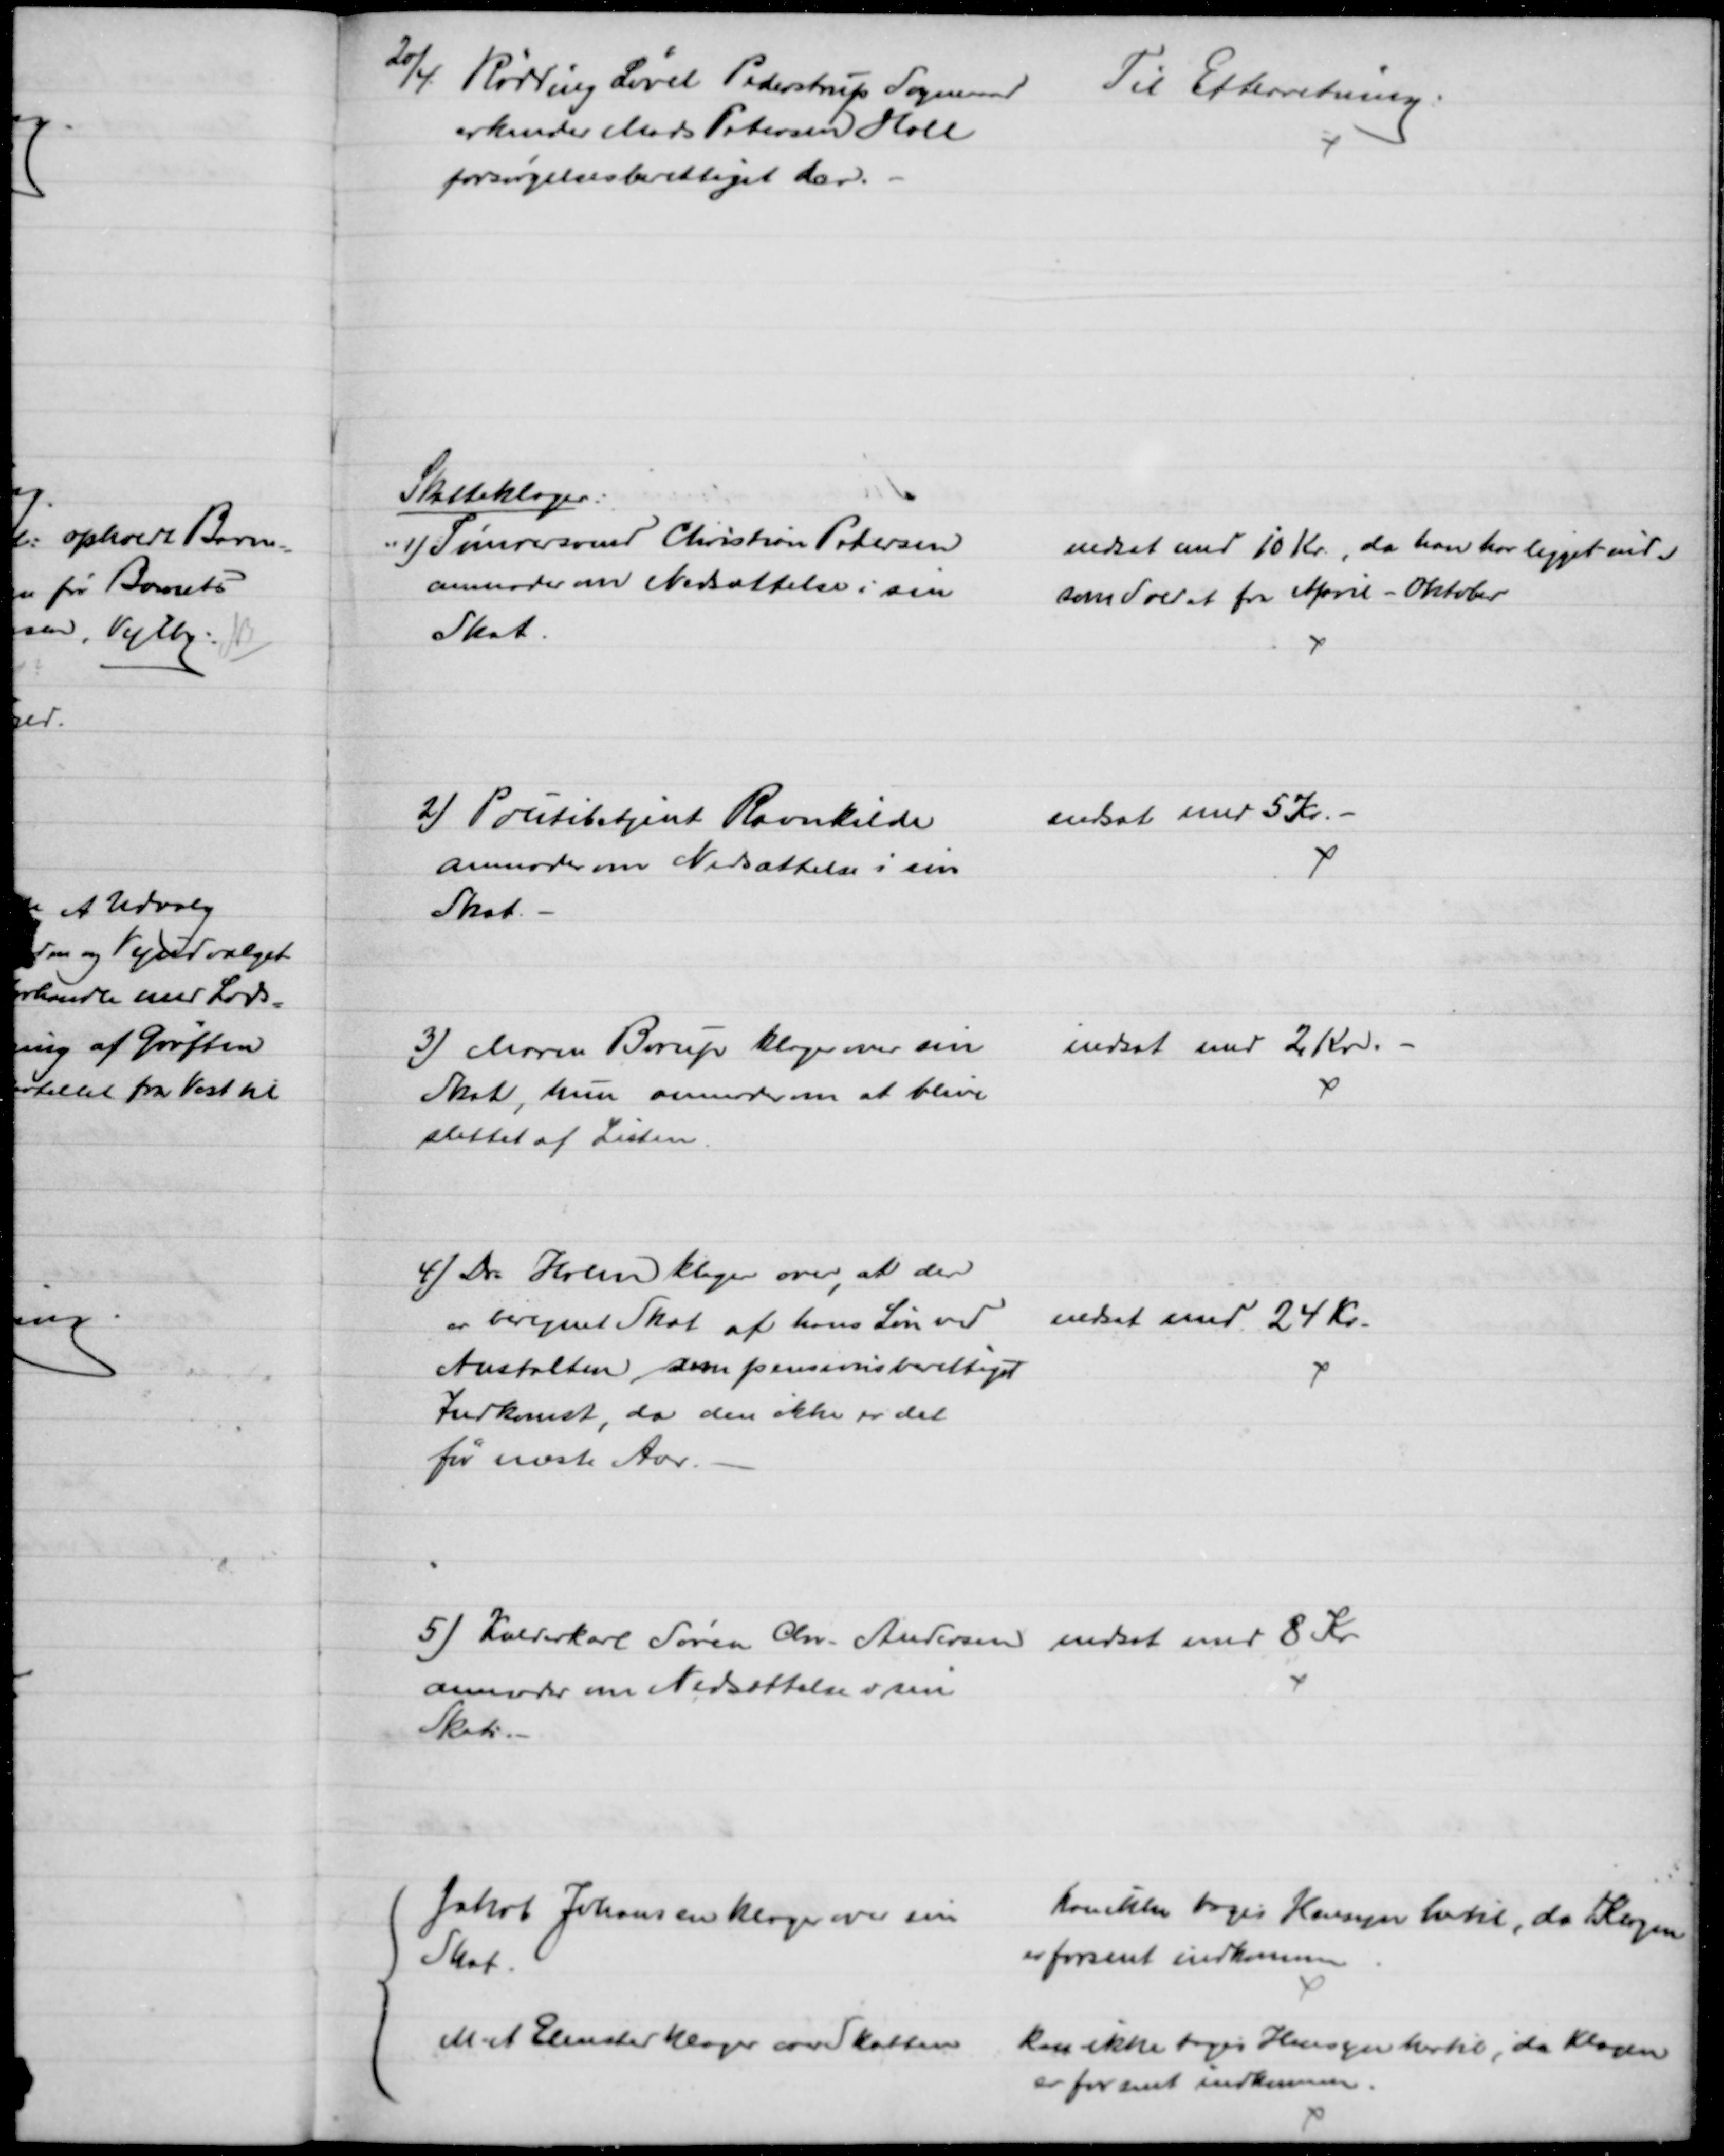
Transskription:
20/4
Rødding Løvel Pederstrup Sogneraad 
erkender Mads Petersen Hall
forsørgelsesberettiget der.
Til Efterretning.
Skatteklager:
1) Tømrersvend Christian Pedersen
anmoder om Nedsættelse i sin
Skat.
nedsat med 10 Kr., da han har ligget inde
som Soldat fra April - Oktober.
2) Politibetjent Ravnkilde
anmoder om Nedsættelse i sin
Skat
nedsat med 5 Kr.
3) Maren Borup klager over sin
Skat, hun anmoder om at blive
slettet af Listen.
nedsat med 2 Kr. 
4) Dr. Holm klager over, at der
er beregnet Skat af hans Løn ved
Anstalten som pensionsberettiget
Indkomst, da den ikke er det
før næste Aar.
nedsat med 24 Kr.
5) Kælderkarl Søren Chr. Andersen
anmoder om Nedsættelse i sin
Skat
nedsat med 8 Kr.
Jakob Johansen klager over sin
Skat.
kan ikke tages Hensyn hertil, da Klagen 
er forsent indkommen
M A Elmsted klager over Skatten
kan ikke tages Hensyn hertil, da Klagen
er for sent indkommen.